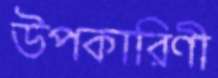
উপকারিণী